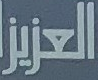
العزيز